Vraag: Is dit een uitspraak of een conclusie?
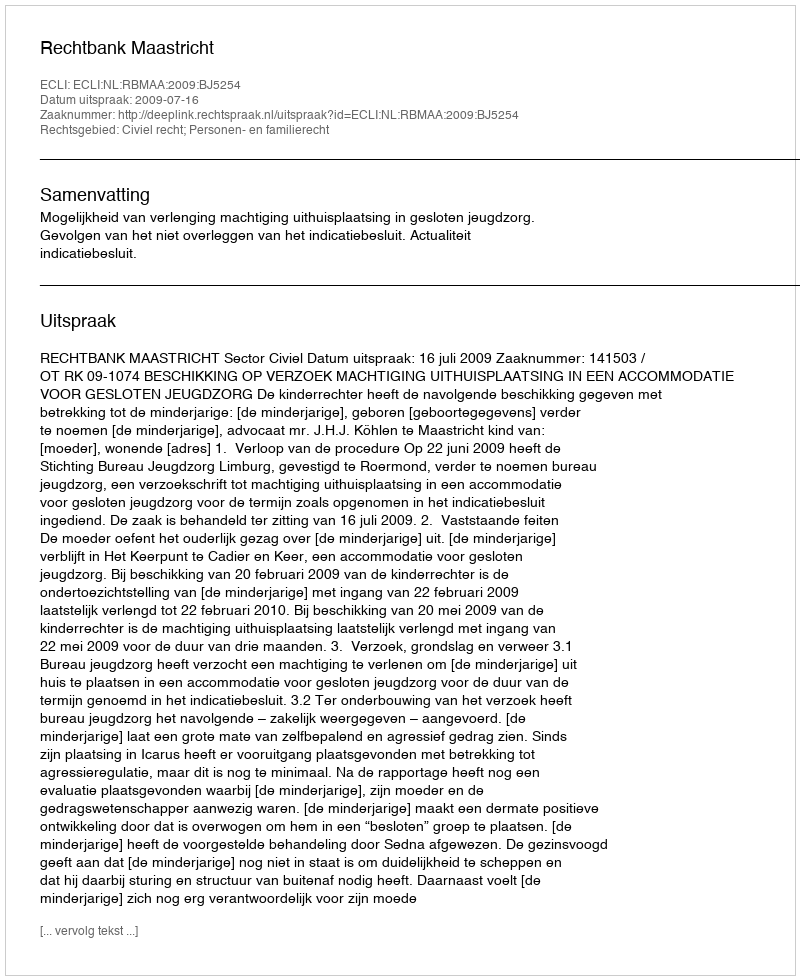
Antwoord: Uitspraak